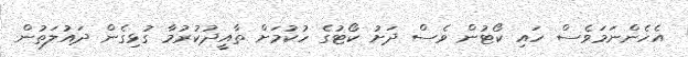
އެހެންނަމަވެސް ހައި ކޯޓުން ވެސް ދަށު ކޯޓުގެ ހުކުމަށް ތާއީދުކުރުމާ ގުޅިގެން ދައުލަތުން